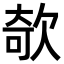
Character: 欹